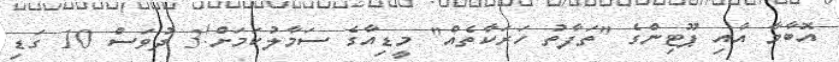
އޮބާމާ އާއި ޕޫޓިންގެ "ތަފާތު ހަރަކާތެއް" މީޑިއާގެ ސަމާލުކަމަށް!3 ދުވަސް 10 ގަޑި